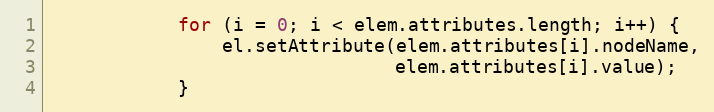
Language: JavaScript
            for (i = 0; i < elem.attributes.length; i++) {
                el.setAttribute(elem.attributes[i].nodeName,
                                elem.attributes[i].value);
            }